Annual report of the Camel Specialist
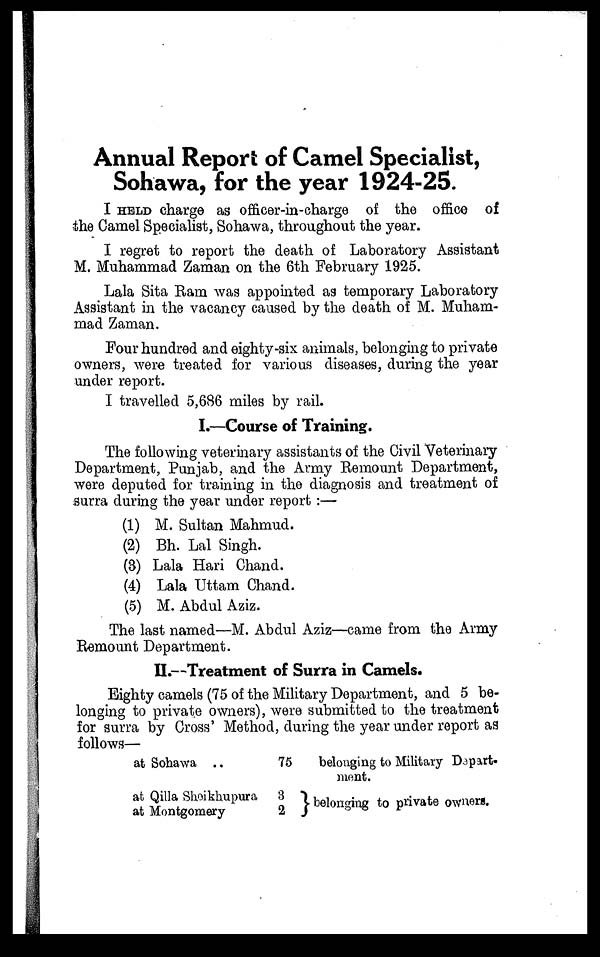
Annual Report of Camel Specialist,
Sohawa, for the year 1924-25.
I HELD charge as officer-in-charge of the office of
the Camel Specialist, Sohawa, throughout the year.
I regret to report the death of Laboratory Assistant
M. Muhammad Zaman on the 6th February 1925.
Lala Sita Ram was appointed as temporary Laboratory
Assistant in the vacancy caused by the death of M. Muham-
mad Zaman.
Four hundred and eighty-six animals, belonging to private
owners, were treated for various diseases, during the year
under report.
I travelled 5,686 miles by rail.
I.—Course of Training.
The following veterinary assistants of the Civil Veterinary
Department, Punjab, and the Army Remount Department,
were deputed for training in the diagnosis and treatment of
surra during the year under report:—
(1) M. Sultan Mahmud.
(2) Bh. Lal Singh.
(3) Lala Hari Chand.
(4) Lala Uttam Chand.
(5) M.Abdul Aziz.
The last named—M. Abdul Aziz—came from the Army
Remount Department.
II.—Treatment of Surra in Camels.
Eighty camels (75 of the Military Department, and 5 be-
longing to private owners), were submitted to the treatment
for surra by Cross' Method, during the year under report as
follows—
at Sohawa ..
75
belonging to Military Depart-
ment.
at Qilla Shoikhupura 3
at Montgomery
2
belonging to private owners.